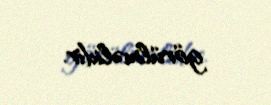
görülməlidir.